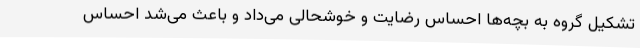
تشکیل گروه به بچه‌ها احساس رضایت و خوشحالی می‌داد و باعث می‌شد احساس